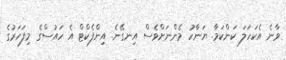
ވާނެ އެކަހަލަ ކަންކަމާ. ޔަނާހު މެންނަށްވެެެސް އިނގޭނެ. އިންފެކްޓް އެ ހައުސްގެ މިފަހަރުގެ